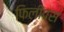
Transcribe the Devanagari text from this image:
फिलीपस